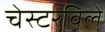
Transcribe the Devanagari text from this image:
चेस्टरविले